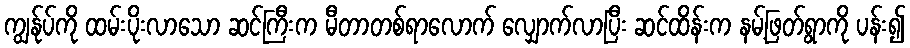
ကျွန်ုပ်ကို ထမ်းပိုးလာသော ဆင်ကြီးက မီတာတစ်ရာလောက် လျှောက်လာပြီး ဆင်ထိန်းက နမ့်ဖြတ်ရွာကို ပန်း၍